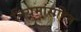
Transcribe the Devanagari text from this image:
नियमांसहित